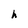
Character: h